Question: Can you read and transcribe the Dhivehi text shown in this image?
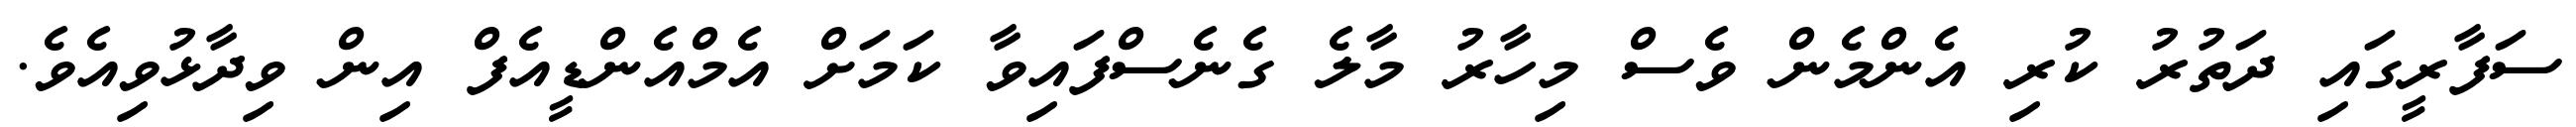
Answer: ސަފާރީގައި ދަތުރު ކުރި އެންމެން ވެސް މިހާރު މާލެ ގެނެސްފައިވާ ކަމަށް އެމްއެންޑީއެފް އިން ވިދާޅުވިއެވެ.